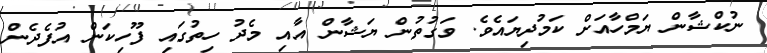
ނުކްޝާން ޔަމްހާއަށް ކަމުދިޔައެވެ. ވަގުތުން ޔަޝާން އާއި މެދު ހިތުގައި ފޫހިކަން އުފެދެން